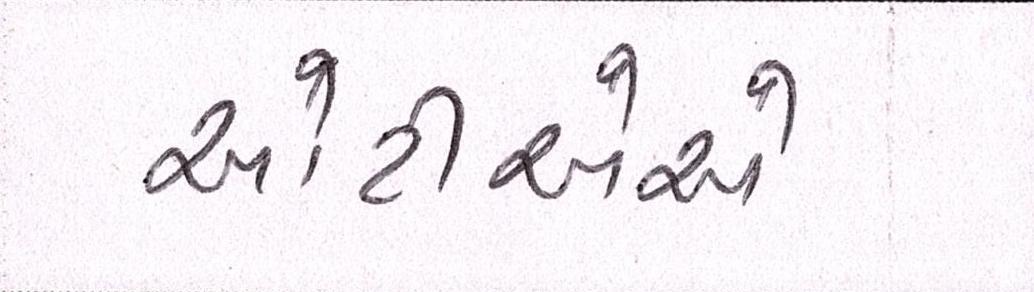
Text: ઓટીએએ